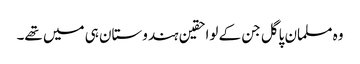
وہ مسلمان پاگل جن کے لواحقین ہندوستان ہی میں تھے۔